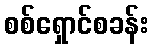
စစ်ရှောင်စခန်း